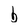
Character: b